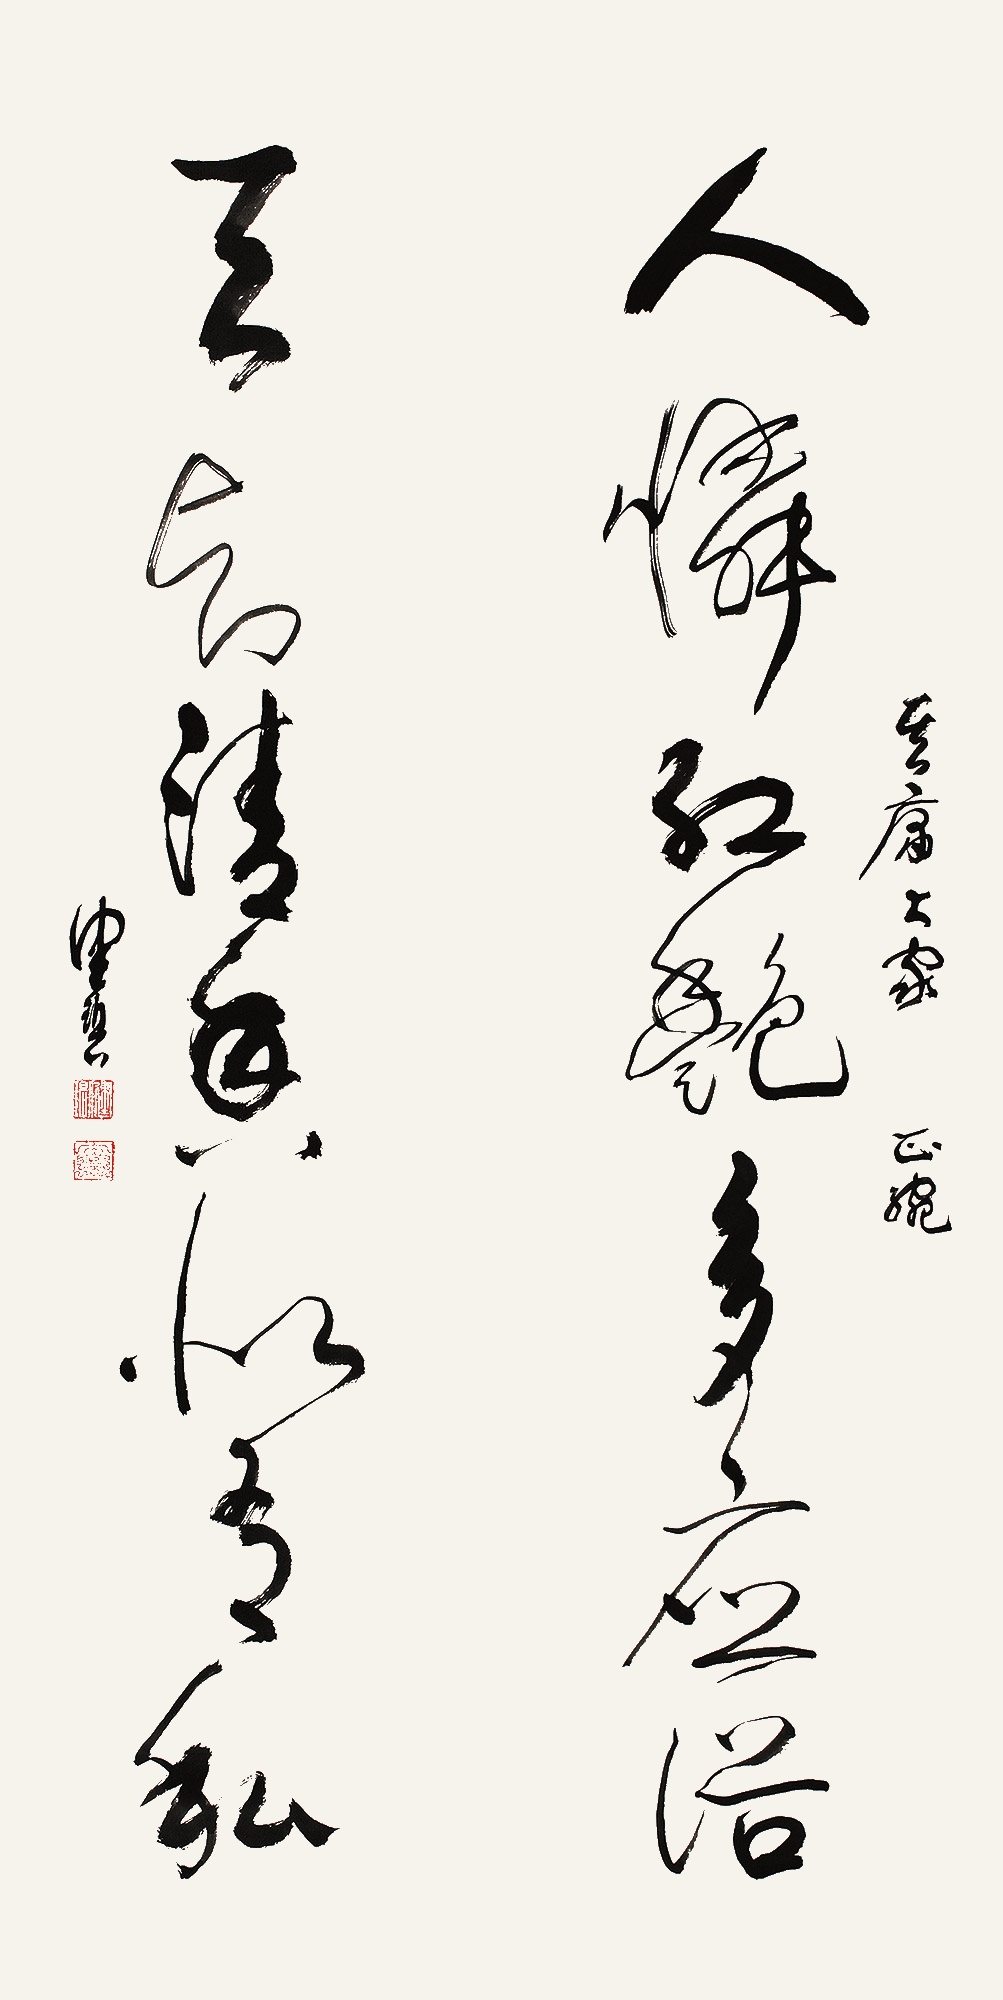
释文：人怜红艳多应俗，天与清香似有私。其庸大家正腕。健碧。